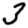
Digit: 3